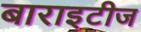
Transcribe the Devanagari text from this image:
बाराइटीज